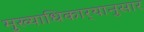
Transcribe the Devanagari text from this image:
मुख्याधिकार्‍यानुसार